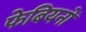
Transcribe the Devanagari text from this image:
फेबियनों